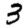
Digit: 3